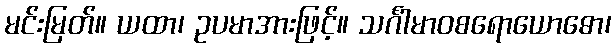
မင်းမြတ်။ ယထာ၊ ဥပမာအားဖြင့်။ သင်္ဂါမာဝစရောယောဓော၊